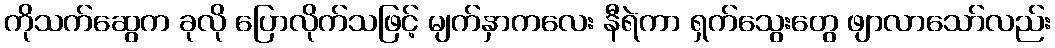
ကိုသက်ဆွေက ခုလို ပြောလိုက်သဖြင့် မျက်နှာကလေး နီရဲကာ ရှက်သွေးတွေ ဖျာလာသော်လည်း